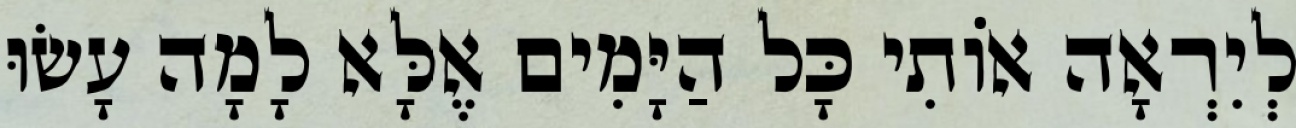
לְיִרְאָה אוֹתִי כָּל הַיָּמִים אֶלָּא לָמָה עָשׂוּ